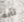
تأبه